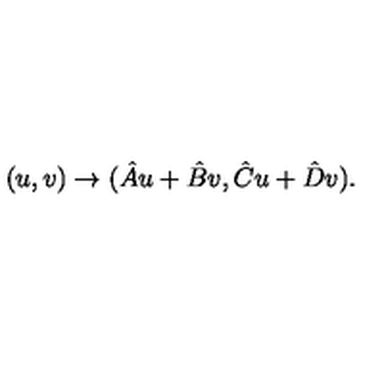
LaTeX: ( u , v ) \rightarrow ( { { \hat { A } u + \hat { B } v } , { \hat { C } u + \hat { D } v } } ) .